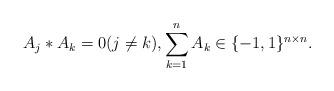
LaTeX: \begin{align*} A_j \ast A_k = 0 (j \neq k)&,\sum_{k=1}^n A_k \in \{-1,1\}^{n \times n}.\end{align*}